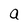
Character: a